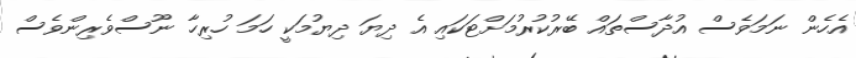
އެހެން ނަމަވެސް އުދާސްތައް ބޭރުކުރުމަށްޓަކައި އެ ދިޔަ ދިޔުމަކީ ހަމަ ހުރިހާ ނޫސްވެރިންވެސް